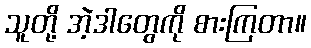
သူတို့ အဲ့ဒါတွေကို စားကြတာ။